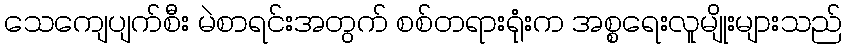
သေကျေပျက်စီး မဲစာရင်းအတွက် စစ်တရားရုံးက အစ္စရေးလူမျိုးများသည်